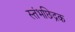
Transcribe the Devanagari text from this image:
स्तंभछिद्रक